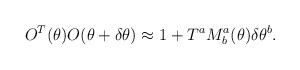
LaTeX: \begin{align*}O^T(\theta )O(\theta + \delta \theta )\approx 1+T^a M^a_b(\theta)\delta \theta^b.\end{align*}